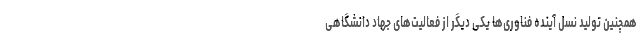
همچنین تولید نسل آینده فناوری‌ها یکی دیگر از فعالیت‌های جهاد دانشگاهی